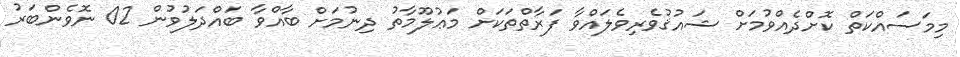
މިމަސައްކަތް ކޮށްދެއްވުމަށް ޝައުޤުވެރިވެލައްވާ ފަރާތްތަކަށް މަޢުލޫމާތު ދިނުމަށް ބާއްވާ ބައްދަލުވުން 02 ނޮވެންބަރު